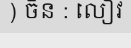
) ចិន : លៀវ